Indian journal of veterinary science and animal husbandry - Volume 2,
Year: 1932
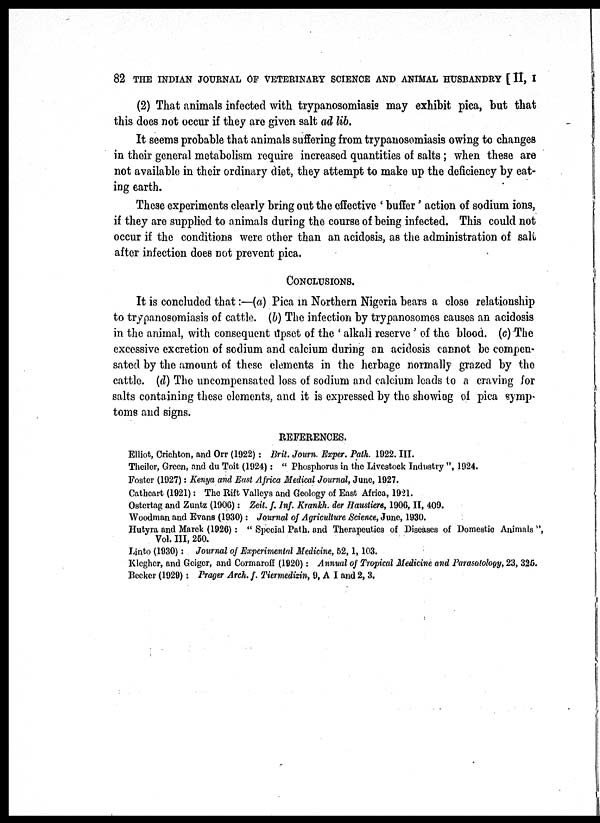
82 THE INDIAN JOURNAL OF VETERINARY SCIENCE AND ANIMAL HUSBANDRY [ II, I
(2) That animals infected with trypanosomiasis may exhibit pica, but that
this does not occur if they are given salt ad lib.
It seems probable that animals suffering from trypanosomiasis owing to changes
in their general metabolism require increased quantities of salts; when these are
not available in their ordinary diet, they attempt to make up the deficiency by eat-
ing earth.
These experiments clearly bring out the effective ' buffer' action of sodium ions,
if they are supplied to animals during the course of being infected. This could not
occur if the conditions were other than an acidosis, as the administration of salt
after infection does not prevent pica.
CONCLUSIONS.
It is concluded that:—(a) Pica in Northern Nigeria bears a close relationship
to trypanosomiasis of cattle, (b) The infection by trypanosomes causes an acidosis
in the animal, with consequent upset of the ' alkali reserve ' of the blood. (c) The
excessive excretion of sodium and calcium during an acidosis cannot be compen-
sated by the amount of these elements in the herbage normally grazed by the
cattle, (d) The uncompensated loss of sodium and calcium leads to a craving for
salts containing these elements, and it is expressed by the showing of pica symp-
toms and signs.
REFERENCES.
Elliot, Crichton, and Orr (1922) : Brit. Journ. Exper. Path. 1922. III.
Theiler, Green, and du Toit (1924): " Phosphorus in the Livestock Industry ", 1924.
Foster (1927): Kenya and East Africa Medical Journal, June, 1927.
Cathcart (1921): The Rift Valleys and Geology of East Africa, 1921.
Ostertag and Zuntz (1906): Zeit. f. Inf. Krankh. der Haustiers, 1906, II, 409.
Woodman and Evans (1930): Journal of Agriculture Science, June, 1930.
Hutyra and Marek (1926) : " Special Path. and Therapeutics of Diseases of Domestic Animals '',
Vol. III, 250.
Linto (1930) : Journal of Experimental Medicine, 52, 1, 103.
Klegher, and Geiger, and Cormaroff (1920): Annual of Tropical Medicine and Parasatology, 23, 325.
Becker (1929): Prager Arch. f. Tiermedizin, 9, A I and 2, 3.